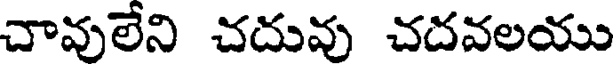
చావులేని చదువు చదవలయు